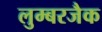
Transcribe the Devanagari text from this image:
लुम्बरजैक